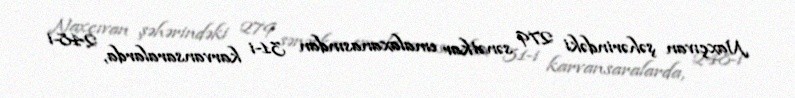
Naxçıvan şəhərindəki 279 sənətkar emalaxanasından 31-i karvansaralarda, 248-i